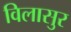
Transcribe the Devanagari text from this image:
विलासुर